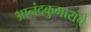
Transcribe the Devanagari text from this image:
आनंदकुमारांचे